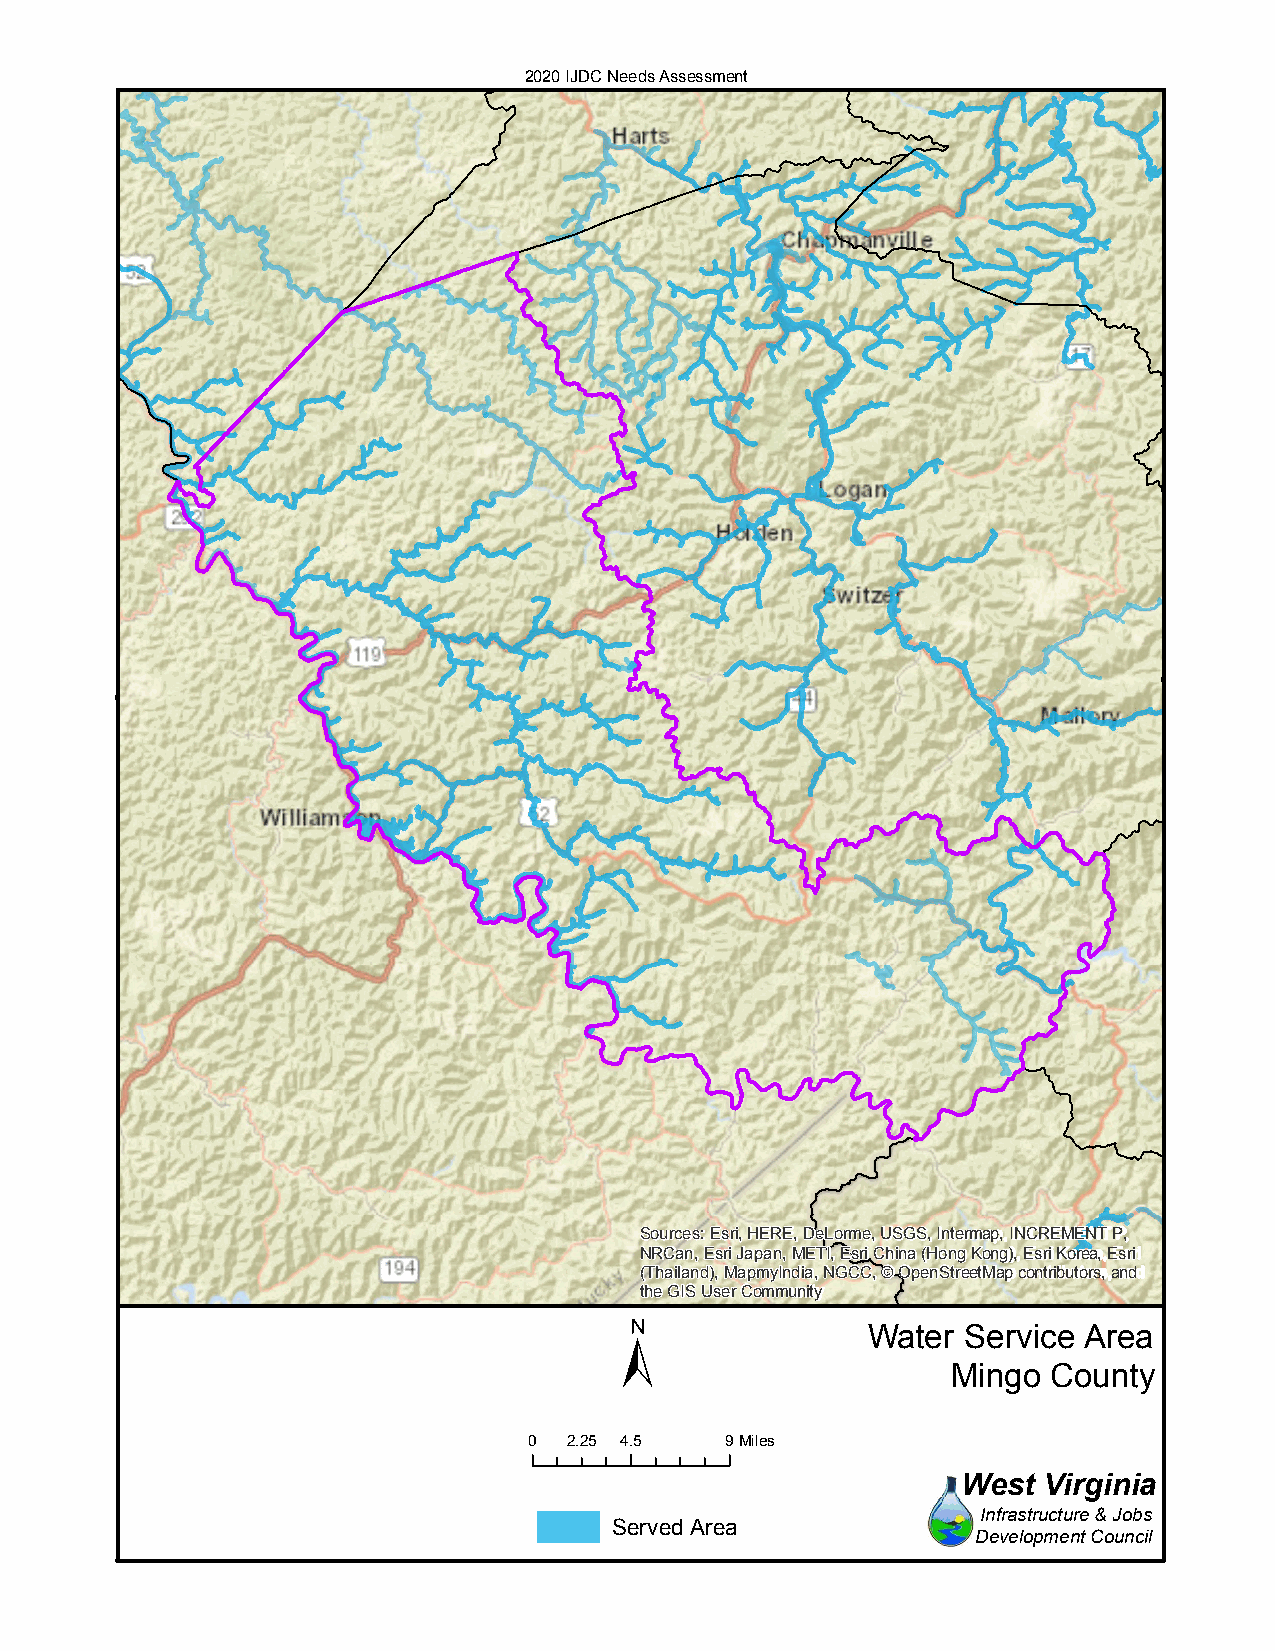
2020 IJDC Needs Assessment
 Sources: Esri, HERE, DeLorme, USGS, Intermap, INCREMENT P,
 NRCan, Esri Japan, METI, Esri China (Hong Kong), Esri Korea, Esri
 (Thailand), MapmyIndia, NGCC, © OpenStreetMap contributors, and
 the GIS User Community
 ±
 Water  Service Area
 Mingo  County
 0  2.25 4.5  9Miles
 West Virginia
 Infrastructure & Jobs
 Served Area
 Development Council